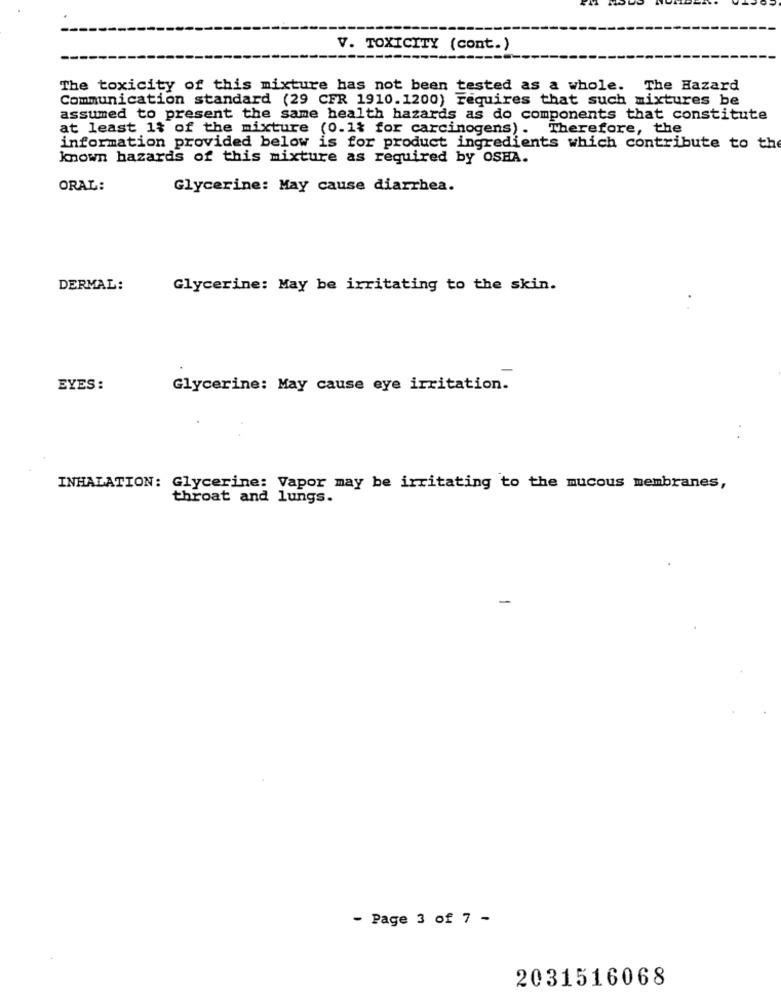
V. TOXICITY (cont.)
The toxicity of this mixture has not been tested as a whole. The Hazard
Communication standard (29 CFR 1910.1200) requires that such mixtures be
assumed to present the same health hazards as do components that constitute
at least 1% of the mixture (0.1% for carcinogens). Therefore, the
information provided below is for product ingredients which contribute to the
known hazards of this mixture as required by OSHA.
ORAL:
Glycerine: May cause diarrhea.
DERMAL:
Glycerine: May be irritating to the skin.
EYES :
Glycerine: May cause eye irritation.
INHALATION: Glycerine: Vapor may be irritating to the mucous membranes,
throat and lungs.
- Page 3 of 7 -
2031516068